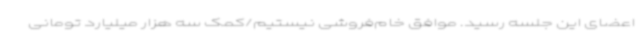
اعضای این جلسه رسید. موافق خام‌فروشی نیستیم/کمک سه هزار میلیارد تومانی